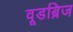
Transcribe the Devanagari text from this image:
वूडब्रिज